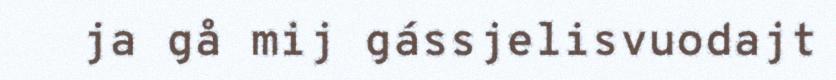
ja gå mij gássjelisvuodajt